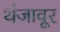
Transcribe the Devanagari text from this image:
थंजावूर